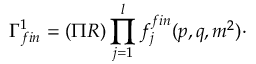
\Gamma _ { f i n } ^ { 1 } = ( \Pi R ) \prod _ { j = 1 } ^ { l } f _ { j } ^ { f i n } ( p , q , m ^ { 2 } ) \cdot